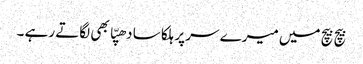
بیچ بیچ میں میرے سر پر ہلکا سا دھپّا بھی لگاتے رہے ۔